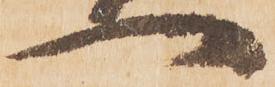
一